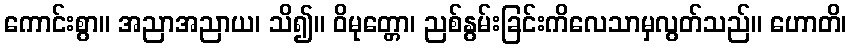
ကောင်းစွာ။ အညာအညာယ၊ သိ၍။ ဝိမုတ္တော၊ ညစ်နွမ်းခြင်းကိလေသာမှလွတ်သည်။ ဟောတိ၊